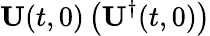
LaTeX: \mathbf{U}(t,0)\left(\mathbf{U}^{\dagger}(t,0)\right)